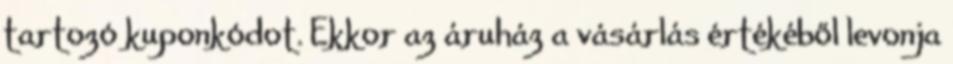
tartozó kuponkódot. Ekkor az áruház a vásárlás értékéből levonja